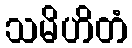
သမိဟိတံ